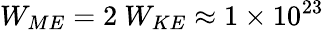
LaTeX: W_{ME}=2\ W_{KE}\approx 1\times 10^{23}